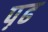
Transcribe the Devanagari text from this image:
प़ढ